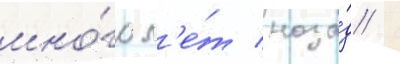
мно́го л'е́т наза́д /